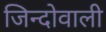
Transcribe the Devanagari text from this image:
जिन्दोवाली